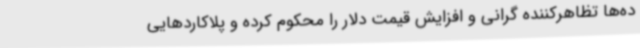
ده‌ها تظاهرکننده گرانی و افزایش قیمت دلار را محکوم کرده و پلاکاردهایی